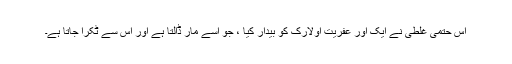
اس حتمی غلطی نے ایک اور عفریت اولارک کو بیدار کیا ، جو اسے مار ڈالتا ہے اور اس سے ٹکرا جاتا ہے۔